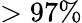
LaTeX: >97\%